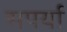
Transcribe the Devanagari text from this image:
सपर्या